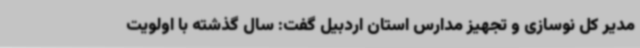
مدیر کل نوسازی و تجهیز مدارس استان اردبیل گفت: سال گذشته با اولویت